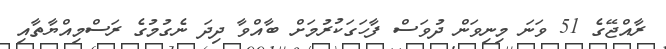
ރާއްޖޭގެ 51 ވަނަ މިނިވަން ދުވަސް ފާހަގަކުރުމަށް ބާއްވާ ދިދަ ނެގުމުގެ ރަސްމިއްޔާތާއި